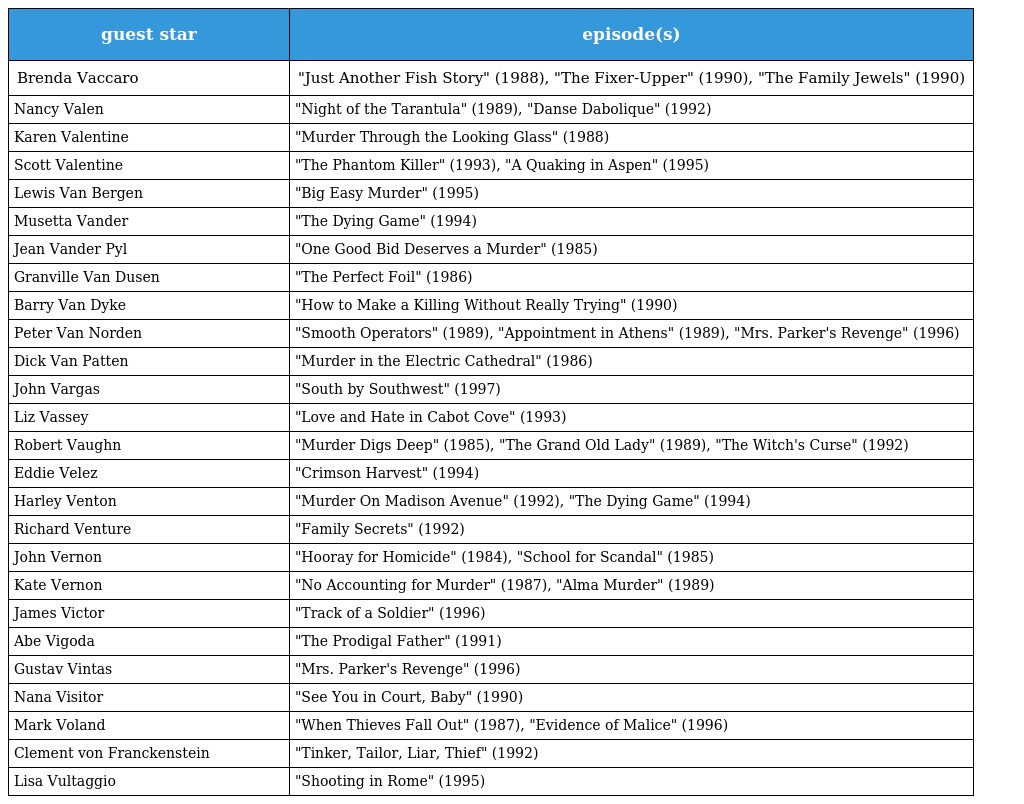
| guest star | episode(s) |
 | --- | --- |
 | Brenda Vaccaro | "Just Another Fish Story" (1988), "The Fixer-Upper" (1990), "The Family Jewels" (1990) |
 | Nancy Valen | "Night of the Tarantula" (1989), "Danse Dabolique" (1992) |
 | Karen Valentine | "Murder Through the Looking Glass" (1988) |
 | Scott Valentine | "The Phantom Killer" (1993), "A Quaking in Aspen" (1995) |
 | Lewis Van Bergen | "Big Easy Murder" (1995) |
 | Musetta Vander | "The Dying Game" (1994) |
 | Jean Vander Pyl | "One Good Bid Deserves a Murder" (1985) |
 | Granville Van Dusen | "The Perfect Foil" (1986) |
 | Barry Van Dyke | "How to Make a Killing Without Really Trying" (1990) |
 | Peter Van Norden | "Smooth Operators" (1989), "Appointment in Athens" (1989), "Mrs. Parker's Revenge" (1996) |
 | Dick Van Patten | "Murder in the Electric Cathedral" (1986) |
 | John Vargas | "South by Southwest" (1997) |
 | Liz Vassey | "Love and Hate in Cabot Cove" (1993) |
 | Robert Vaughn | "Murder Digs Deep" (1985), "The Grand Old Lady" (1989), "The Witch's Curse" (1992) |
 | Eddie Velez | "Crimson Harvest" (1994) |
 | Harley Venton | "Murder On Madison Avenue" (1992), "The Dying Game" (1994) |
 | Richard Venture | "Family Secrets" (1992) |
 | John Vernon | "Hooray for Homicide" (1984), "School for Scandal" (1985) |
 | Kate Vernon | "No Accounting for Murder" (1987), "Alma Murder" (1989) |
 | James Victor | "Track of a Soldier" (1996) |
 | Abe Vigoda | "The Prodigal Father" (1991) |
 | Gustav Vintas | "Mrs. Parker's Revenge" (1996) |
 | Nana Visitor | "See You in Court, Baby" (1990) |
 | Mark Voland | "When Thieves Fall Out" (1987), "Evidence of Malice" (1996) |
 | Clement von Franckenstein | "Tinker, Tailor, Liar, Thief" (1992) |
 | Lisa Vultaggio | "Shooting in Rome" (1995) |